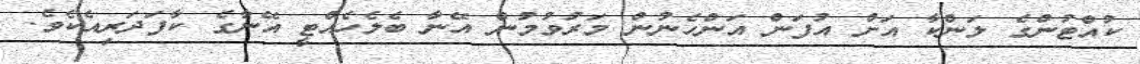
ކުއްޓުންގެ ލަންކާ އަށް އުފަން އަންހެނުން މަރުވުމުން އޭނާ ބެލެހެއްޓީ އޭނާގެ ކާފަދަރިއެކެވެ.